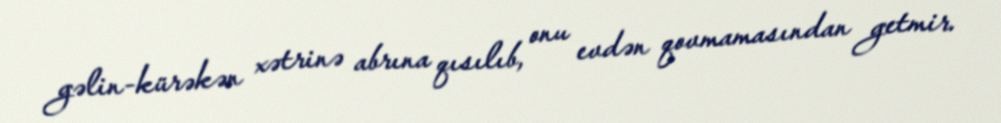
gəlin-kürəkən xətrinə abrına qısılıb, onu evdən qovmamasından getmir.